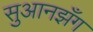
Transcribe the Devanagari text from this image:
सुआनझँग